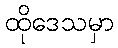
ထိုဒေသမှာ